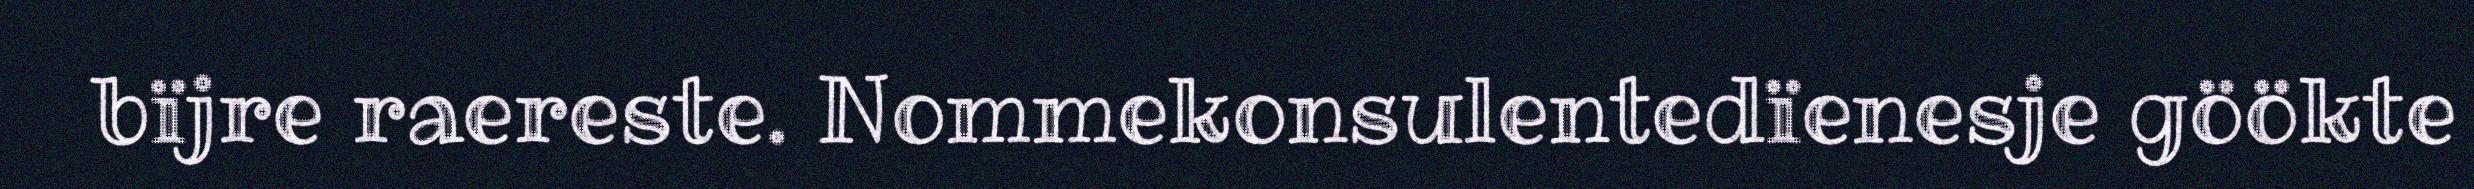
bïjre raereste. Nommekonsulentedïenesje göökte